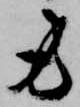
労